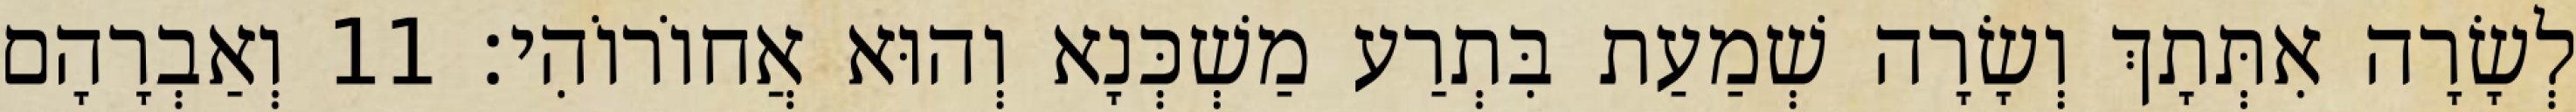
לְשָׂרָה אִתְּתָךְ וְשָׂרָה שְׁמַעַת בִּתְרַע מַשְׁכְּנָא וְהוּא אֲחוֹרוֹהִי׃ 11 וְאַבְרָהָם